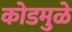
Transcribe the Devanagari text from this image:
कोडमुळे